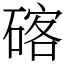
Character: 碦